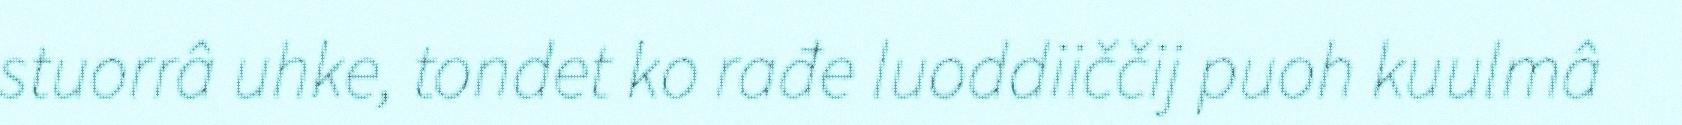
stuorrâ uhke, tondet ko rađe luoddiiččij puoh kuulmâ